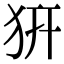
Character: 𤜵